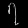
Digit: ၇